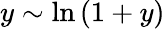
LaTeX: y\sim\ln{(1+y)}